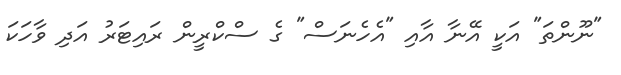
"ނޫންތަ" އަކީ އޭނާ އާއި "އެހެނަސް" ގެ ސްކްރީން ރައިޓަރު އަދި ވާހަކަ